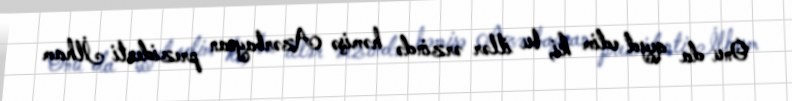
Onu da qeyd edim ki, bu illər ərzində həmişə Azərbaycan prezidenti İlham